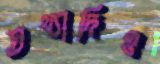
তথ্যাদিও